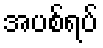
အပစ်ရပ်